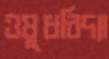
ওষুধবিদ্যা